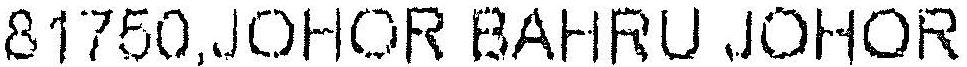
81750,JOHOR BAHRU JOHOR